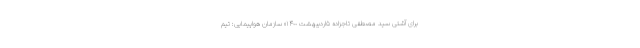
برای آشتی سید مصطفی تاجزاده ۵اردیبهشت ١۴٠٠» سازمان هواپیمایی: تیم